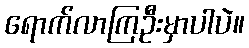
ရောက်လာကြဦးမှာပါပဲ။